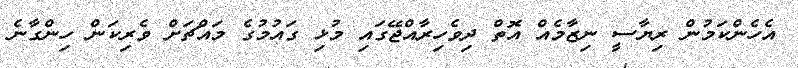
އެހެންކަމުން ރިޔާސީ ނިޒާމެއް އޮތް ދިވެހިރާއްޖޭގައި މުޅި ގައުމުގެ މައްޗަށް ވެރިކަން ހިންގާނެ